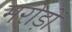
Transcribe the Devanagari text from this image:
मरोड़ों